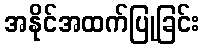
အနိုင်အထက်ပြုခြင်း